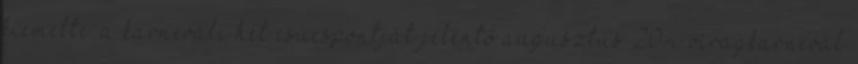
kiemelte: a karneváli hét csúcspontját jelentő augusztus 20-i virágkarnevál